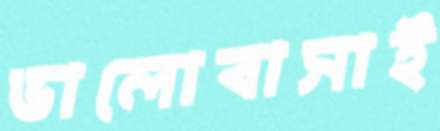
ভালোবাসাই